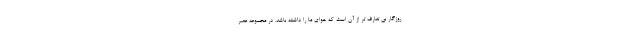
روزگار بی تعارف تر از آن است که هوای ما را داشته باشد. در مجموعه عصر